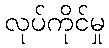
လုပ်ကိုင်မှု